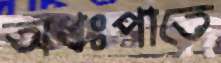
অধঃপাতে